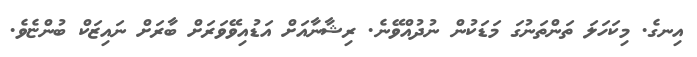
އިނގެ. މިކަހަލަ ތަންތަނުގަ މަޑަކުން ނުދުއްވޭނެ. ރިޝާނާއަށް އަޑުއިވޭވަރަށް ބާރަށް ނައިޒަކް ބުންޏެވެ.